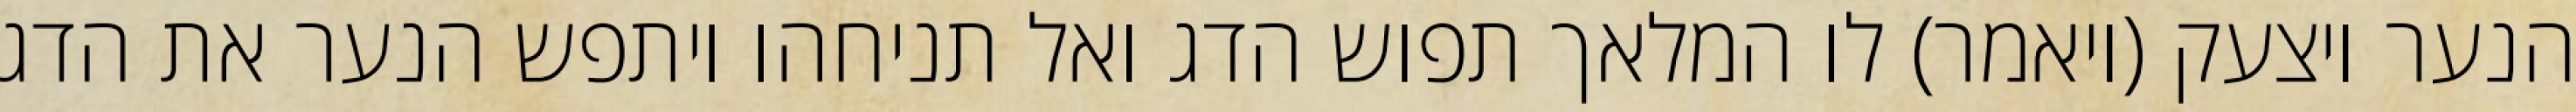
הנער ויצעק (ויאמר) לו המלאך תפוש הדג ואל תניחהו ויתפש הנער את הדג